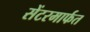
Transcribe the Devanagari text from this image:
सेंटरमार्फत